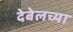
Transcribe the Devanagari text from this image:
देबेलच्या